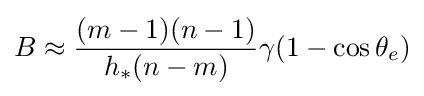
B\approx {\frac {(m-1)(n-1)}{h_{*}(n-m)}}\gamma (1-\cos \theta _{e})